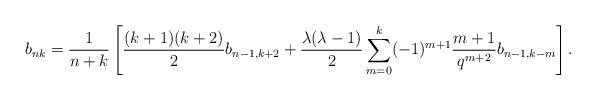
LaTeX: \begin{align*} b_{nk}=\frac{1}{n+k} \left[\frac{(k+1)(k+2)}{2} b_{n-1, k+2} + \frac{\lambda (\lambda -1)}{2} \sum_{m=0}^k (-1)^{m+1} \frac{m+1}{q^{m+2}} b_{n-1, k-m} \right].\end{align*}